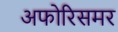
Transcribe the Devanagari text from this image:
अफोरिसमर